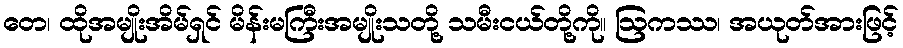
တေ၊ ထိုအမျိုးအိမ်ရှင် မိန်းမကြီးအမျိုးသတို့ သမီးငယ်တို့ကို။ ဩကဿ၊ အယုတ်အားဖြင့်